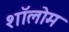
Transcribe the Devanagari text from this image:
शॉलोम